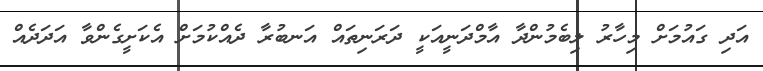
އަދި ގައުމަށް މިހާރު ލިބެމުންދާ އާމްދަނީއަކީ ދަރަނިތައް އަނބުރާ ދެއްކުމަށް އެކަށީގެންވާ އަދަދެއް